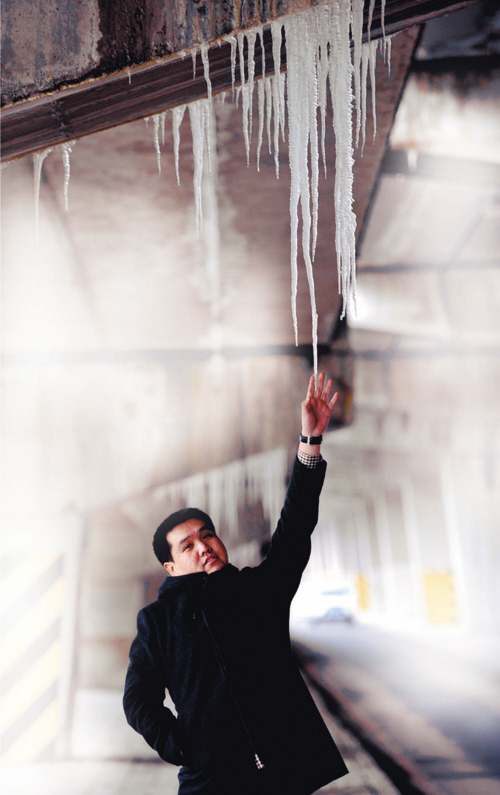
花开深洞仙门小，路过悬桥羽节轻。